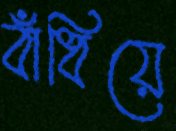
বাঁধিয়ে